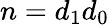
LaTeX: n=d_{1}d_{0}